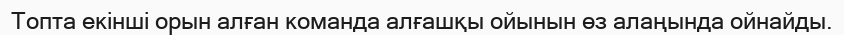
Топта екінші орын алған команда алғашқы ойынын өз алаңында ойнайды.